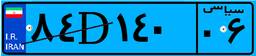
۷۵D۱۳۵۳۲